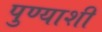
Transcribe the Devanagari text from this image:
पुण्याशी